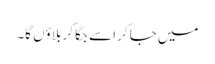
میں جا کر اسے جگا کر بلاؤں گا۔